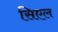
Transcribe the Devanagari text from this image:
सिएल